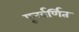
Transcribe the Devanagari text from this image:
पूनर्वर्णित